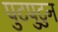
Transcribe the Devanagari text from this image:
पुटपुटुन